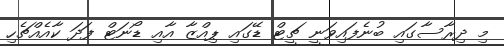
މި ދިރާސާގައި ބުނެފައިވަނީ ޗީޓް ޑޭގައި ޕިއްޒާ އާއި ޑޯނަޓް ފަދަ ކާއެއްޗެހި